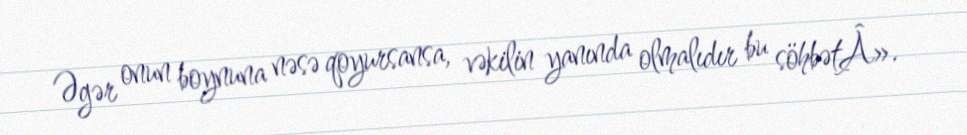
Əgər onun boynuna nəsə qoyursansa, vəkilin yanında olmalıdır bu söhbətÂ».